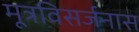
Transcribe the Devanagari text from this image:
मूत्रविसर्जनास